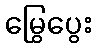
မြွေပွေး